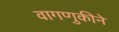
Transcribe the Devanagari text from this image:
वागणुकीने